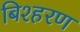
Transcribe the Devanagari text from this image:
बिश्हरण